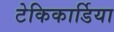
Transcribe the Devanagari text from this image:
टेकिकार्डिया